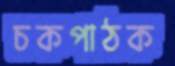
চকপাঠক